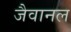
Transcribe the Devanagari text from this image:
जैवानल